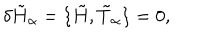
\delta { \tilde { H } } _ { \alpha } = \lbrace \tilde { H } , { \tilde { T } } _ { \alpha } \rbrace = 0 ,